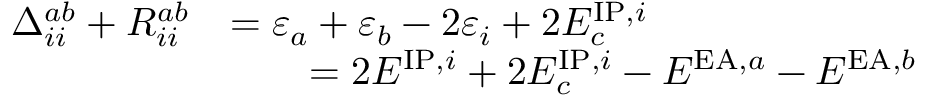
\begin{array} { r l } { \Delta _ { i i } ^ { a b } + R _ { i i } ^ { a b } } & { = \varepsilon _ { a } + \varepsilon _ { b } - 2 \varepsilon _ { i } + 2 E _ { c } ^ { \mathrm { I P } , i } } \\ & { \qquad = 2 E ^ { \mathrm { I P } , i } + 2 E _ { c } ^ { \mathrm { I P } , i } - E ^ { \mathrm { E A } , a } - E ^ { \mathrm { E A } , b } } \end{array}